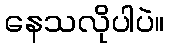
နေသလိုပါပဲ။